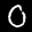
Label: 0